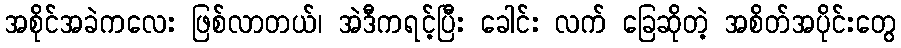
အစိုင်အခဲကလေး ဖြစ်လာတယ်၊ အဲဒီကရင့်ပြီး ခေါင်း လက် ခြေဆိုတဲ့ အစိတ်အပိုင်းတွေ